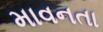
માવનતા